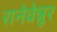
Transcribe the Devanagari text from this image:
रानेवेन्नूर